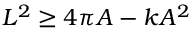
L ^ { 2 } \geq 4 \pi A - k A ^ { 2 }